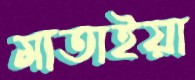
মাতাইয়া